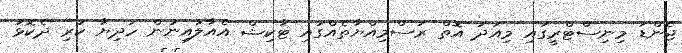
ޖެންޑަ މިނިސްޓްރީގައި މިއަދު އޮތް ރަސްމިއްޔާތެއްގައި ޓާކިޝް އެއާލައިނުން ހަދިޔާ ކުރި ދެކޮޅު